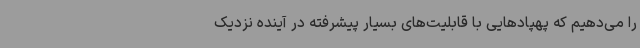
را می‌دهیم که پهپادهایی با قابلیت‌های بسیار پیشرفته در آینده نزدیک